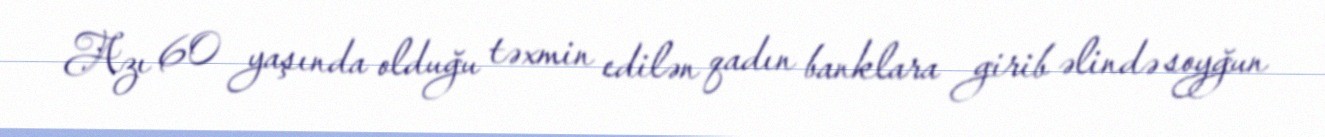
Azı 60 yaşında olduğu təxmin edilən qadın banklara girib əlində soyğun